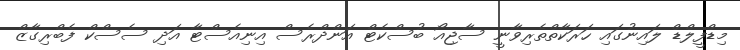
މިޑްފީލްޑް ލައިނުގައި ހަރަކާތްތެރިވާނީ ސާޖިއޯ ބުސްކެޓް އަންދްރެސް އިނިއެސްޓާ އަދި ސެސްކް ފެބްރިގާޒް